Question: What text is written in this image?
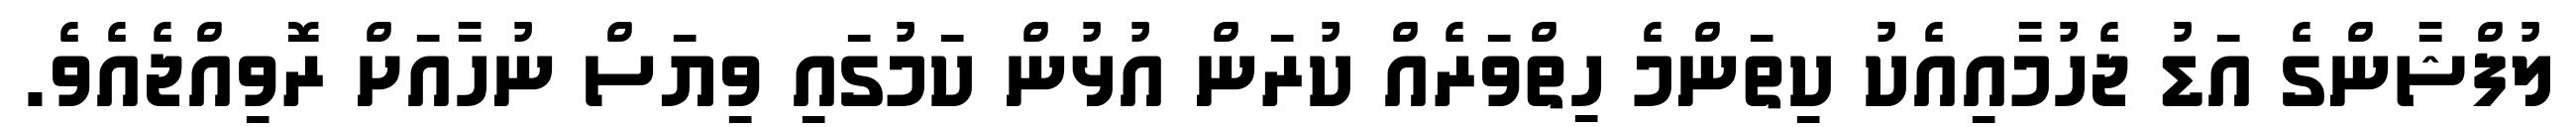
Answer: ލުފްޝާންގެ އަޑު ޖެހުމާއިއެކު ކިތަންމެ ހިތްވަރެއް ކުރަން އުޅުން ކަމުގައި ވިޔަސް ނުހާއަށް ރޮވިއްޖެއެވެ.